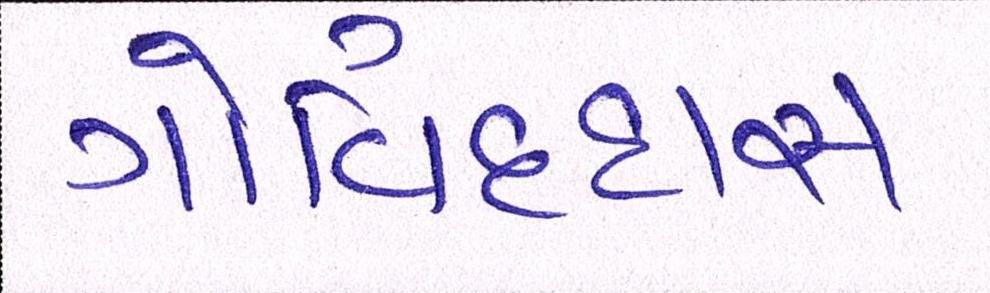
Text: ગોવિંદરામ